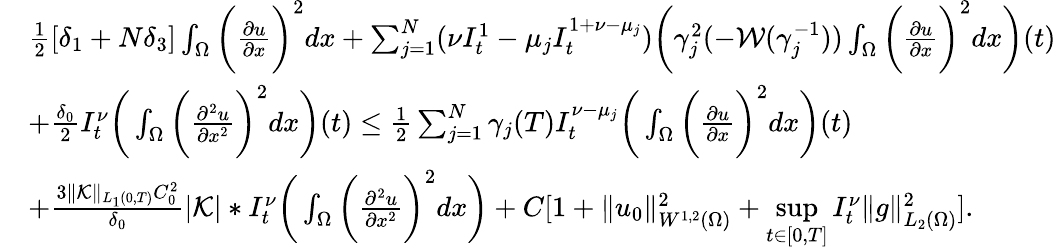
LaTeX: \begin{array}{rl}&{\frac{1}{2}[\delta_{1}+N\delta_{3}]\int_{\Omega}\bigg(\frac{\partial u}{\partial x}\bigg)^{2}dx+\sum_{j=1}^{N}(\nu I_{t}^{1}-\mu_{j}I_{t}^{1+\nu-\mu_{j}})\bigg(\gamma_{j}^{2}(-\mathcal{W}(\gamma_{j}^{-1}))\int_{\Omega}\bigg(\frac{\partial u}{\partial x}\bigg)^{2}dx\bigg)(t)}\\ &{+\frac{\delta_{0}}{2}I_{t}^{\nu}\bigg(\int_{\Omega}\bigg(\frac{\partial^{2}u}{\partial x^{2}}\bigg)^{2}dx\bigg)(t)\leq\frac{1}{2}\sum_{j=1}^{N}\gamma_{j}(T)I_{t}^{\nu-\mu_{j}}\bigg(\int_{\Omega}\bigg(\frac{\partial u}{\partial x}\bigg)^{2}dx\bigg)(t)}\\ &{+\frac{3\| \mathcal{K}\| _{L_{1}(0,T)}C_{0}^{2}}{\delta_{0}}|\mathcal{K}|*I_{t}^{\nu}\bigg(\int_{\Omega}\bigg(\frac{\partial^{2}u}{\partial x^{2}}\bigg)^{2}dx\bigg)+C[1+\| u_{0}\| _{W^{1,2}(\Omega)}^{2}+\underset{t\in[0,T]}{\operatorname*{sup}}I_{t}^{\nu}\| g\| _{L_{2}(\Omega)}^{2}].}\end{array}